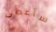
سأعطي